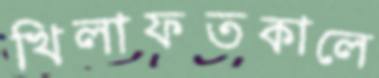
খিলাফতকালে